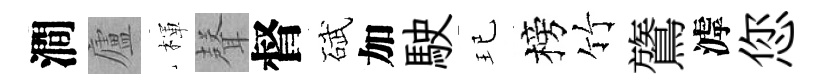
澗廬楎𮋻督碔加駛玘榜竹鷟滹您